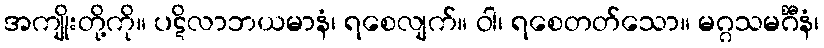
အကျိုးတို့ကို။ ပဋိလာဘယမာနံ၊ ရစေလျက်။ ဝါ၊ ရစေတတ်သော။ မဂ္ဂသမင်္ဂီနံ၊